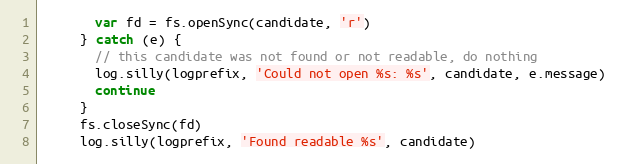
Language: JavaScript
       var fd = fs.openSync(candidate, 'r')
     } catch (e) {
       // this candidate was not found or not readable, do nothing
       log.silly(logprefix, 'Could not open %s: %s', candidate, e.message)
       continue
     }
     fs.closeSync(fd)
     log.silly(logprefix, 'Found readable %s', candidate)